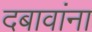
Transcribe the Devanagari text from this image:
दबावांना